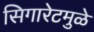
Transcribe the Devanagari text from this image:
सिगारेटमुळे